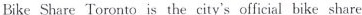
Bike Share Toronto is the city's official bike share